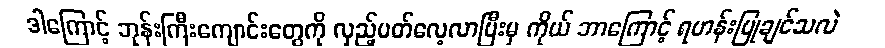
ဒါကြောင့် ဘုန်းကြီးကျောင်းတွေကို လှည့်ပတ်လေ့လာပြီးမှ ကိုယ် ဘာကြောင့် ရဟန်းပြုချင်သလဲ